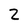
Character: z